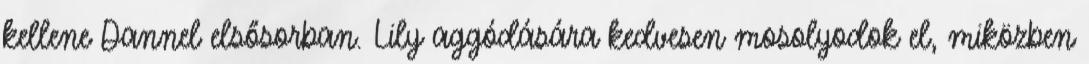
kellene Dannel elsősorban. Lily aggódására kedvesen mosolyodok el, miközben